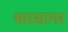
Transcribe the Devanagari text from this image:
भारसागर